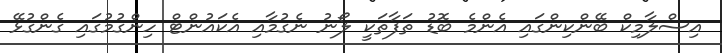
އިސްލާމިކް ބޭންކިންގައި އެންމެ ބޮޑު ތަފާތަކީ ލޯނު ނެގުމާއި އެކައުންޓް ހިންގުމުގައި ގެންގުޅޭ